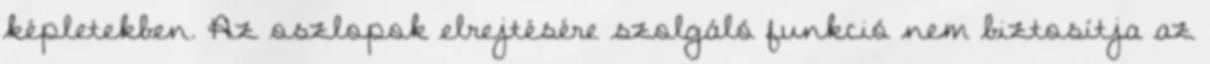
képletekben. Az oszlopok elrejtésére szolgáló funkció nem biztosítja az